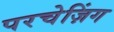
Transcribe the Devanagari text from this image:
परचेज़िंग